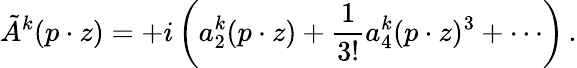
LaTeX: \tilde{A}^{k}(p\cdot z)=+i\left(a_{2}^{k}(p\cdot z)+\frac{1}{3!}a_{4}^{k}(p\cdot z)^{3}+\cdots\right)\, .